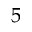
5